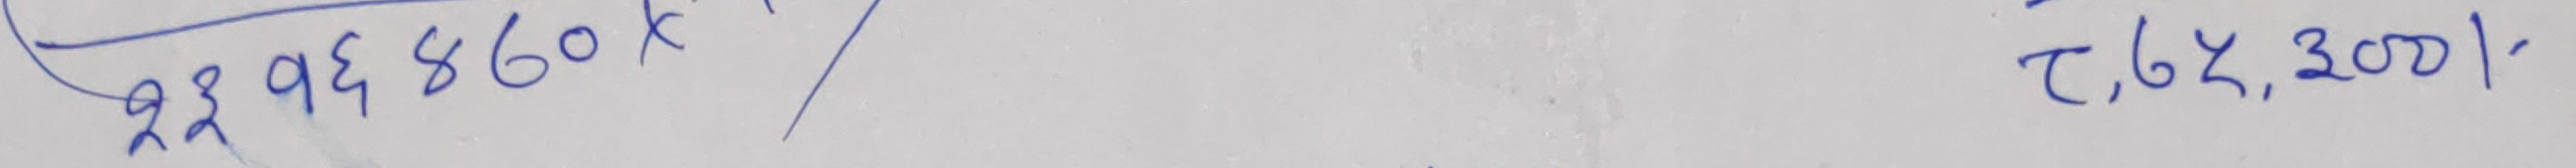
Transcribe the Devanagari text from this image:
२३१६४८६०K/ τ,६,३००१-